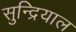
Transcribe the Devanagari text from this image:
सुन्द्रियाल